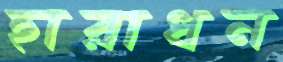
হারাধন